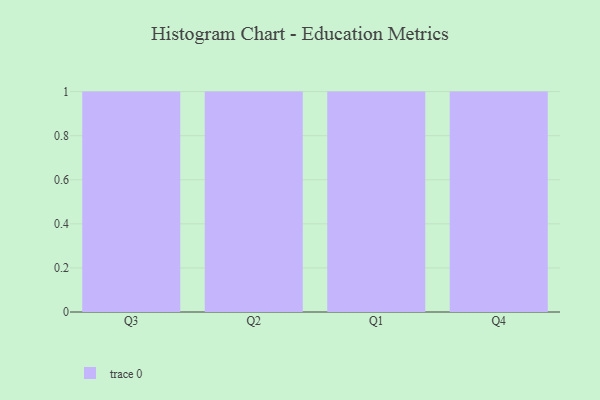
{"axis": {"x": "Quarter", "y": "Energy Usage (MWh)"}, "legend": [""], "data": [{"x": "Q3", "y": 46, "type": ""}, {"x": "Q2", "y": 24, "type": ""}, {"x": "Q1", "y": 17, "type": ""}, {"x": "Q4", "y": 32, "type": ""}]}